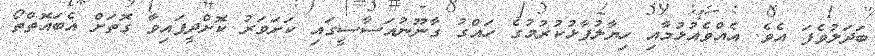
ބަދަލުވެފަ އެވެ. އެއްވެއުޅުމާއި ހިޔާލުފާޅުުކުރުމުގެ ހައްގު ގާނޫނުއަސާސީގައި ކަށަވަރު ކޮށްދީފައިވާ ގޮތަށް އެބައޮތްތޯ